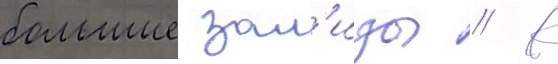
большие зал'изы // К